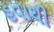
હવાથી